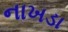
નાખડા